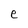
Character: e